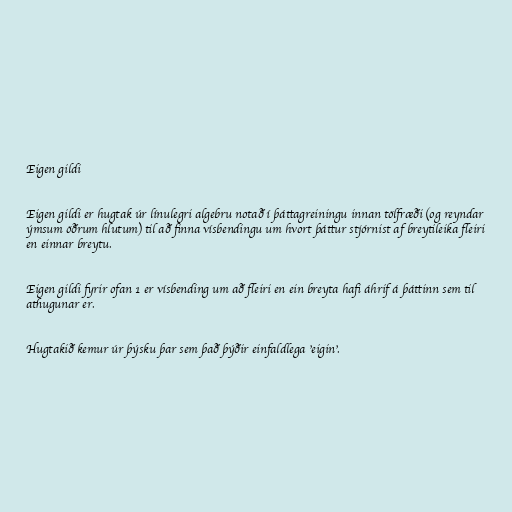
Eigen gildi

Eigen gildi er hugtak úr línulegri algebru notað í þáttagreiningu innan tölfræði (og reyndar
ýmsum öðrum hlutum) til að finna vísbendingu um hvort þáttur stjórnist af breytileika fleiri
en einnar breytu.

Eigen gildi fyrir ofan 1 er vísbending um að fleiri en ein breyta hafi áhrif á þáttinn sem til
athugunar er.

Hugtakið kemur úr þýsku þar sem það þýðir einfaldlega 'eigin'.